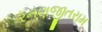
રનણજીતરામ